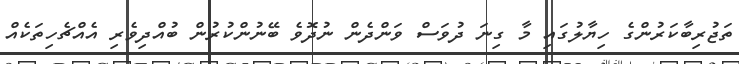
ތަޖުރިބާކަރުންގެ ހިޔާލުގައި މާ ގިނަ ދުވަސް ވަންދެން ނުދޮވެ ބޭނުންކުރުން ބުއްދިވެރި އެއްޗެހިތަކެއް